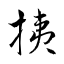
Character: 挗